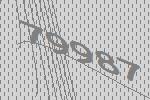
79987